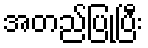
အတည်ပြုပြီး